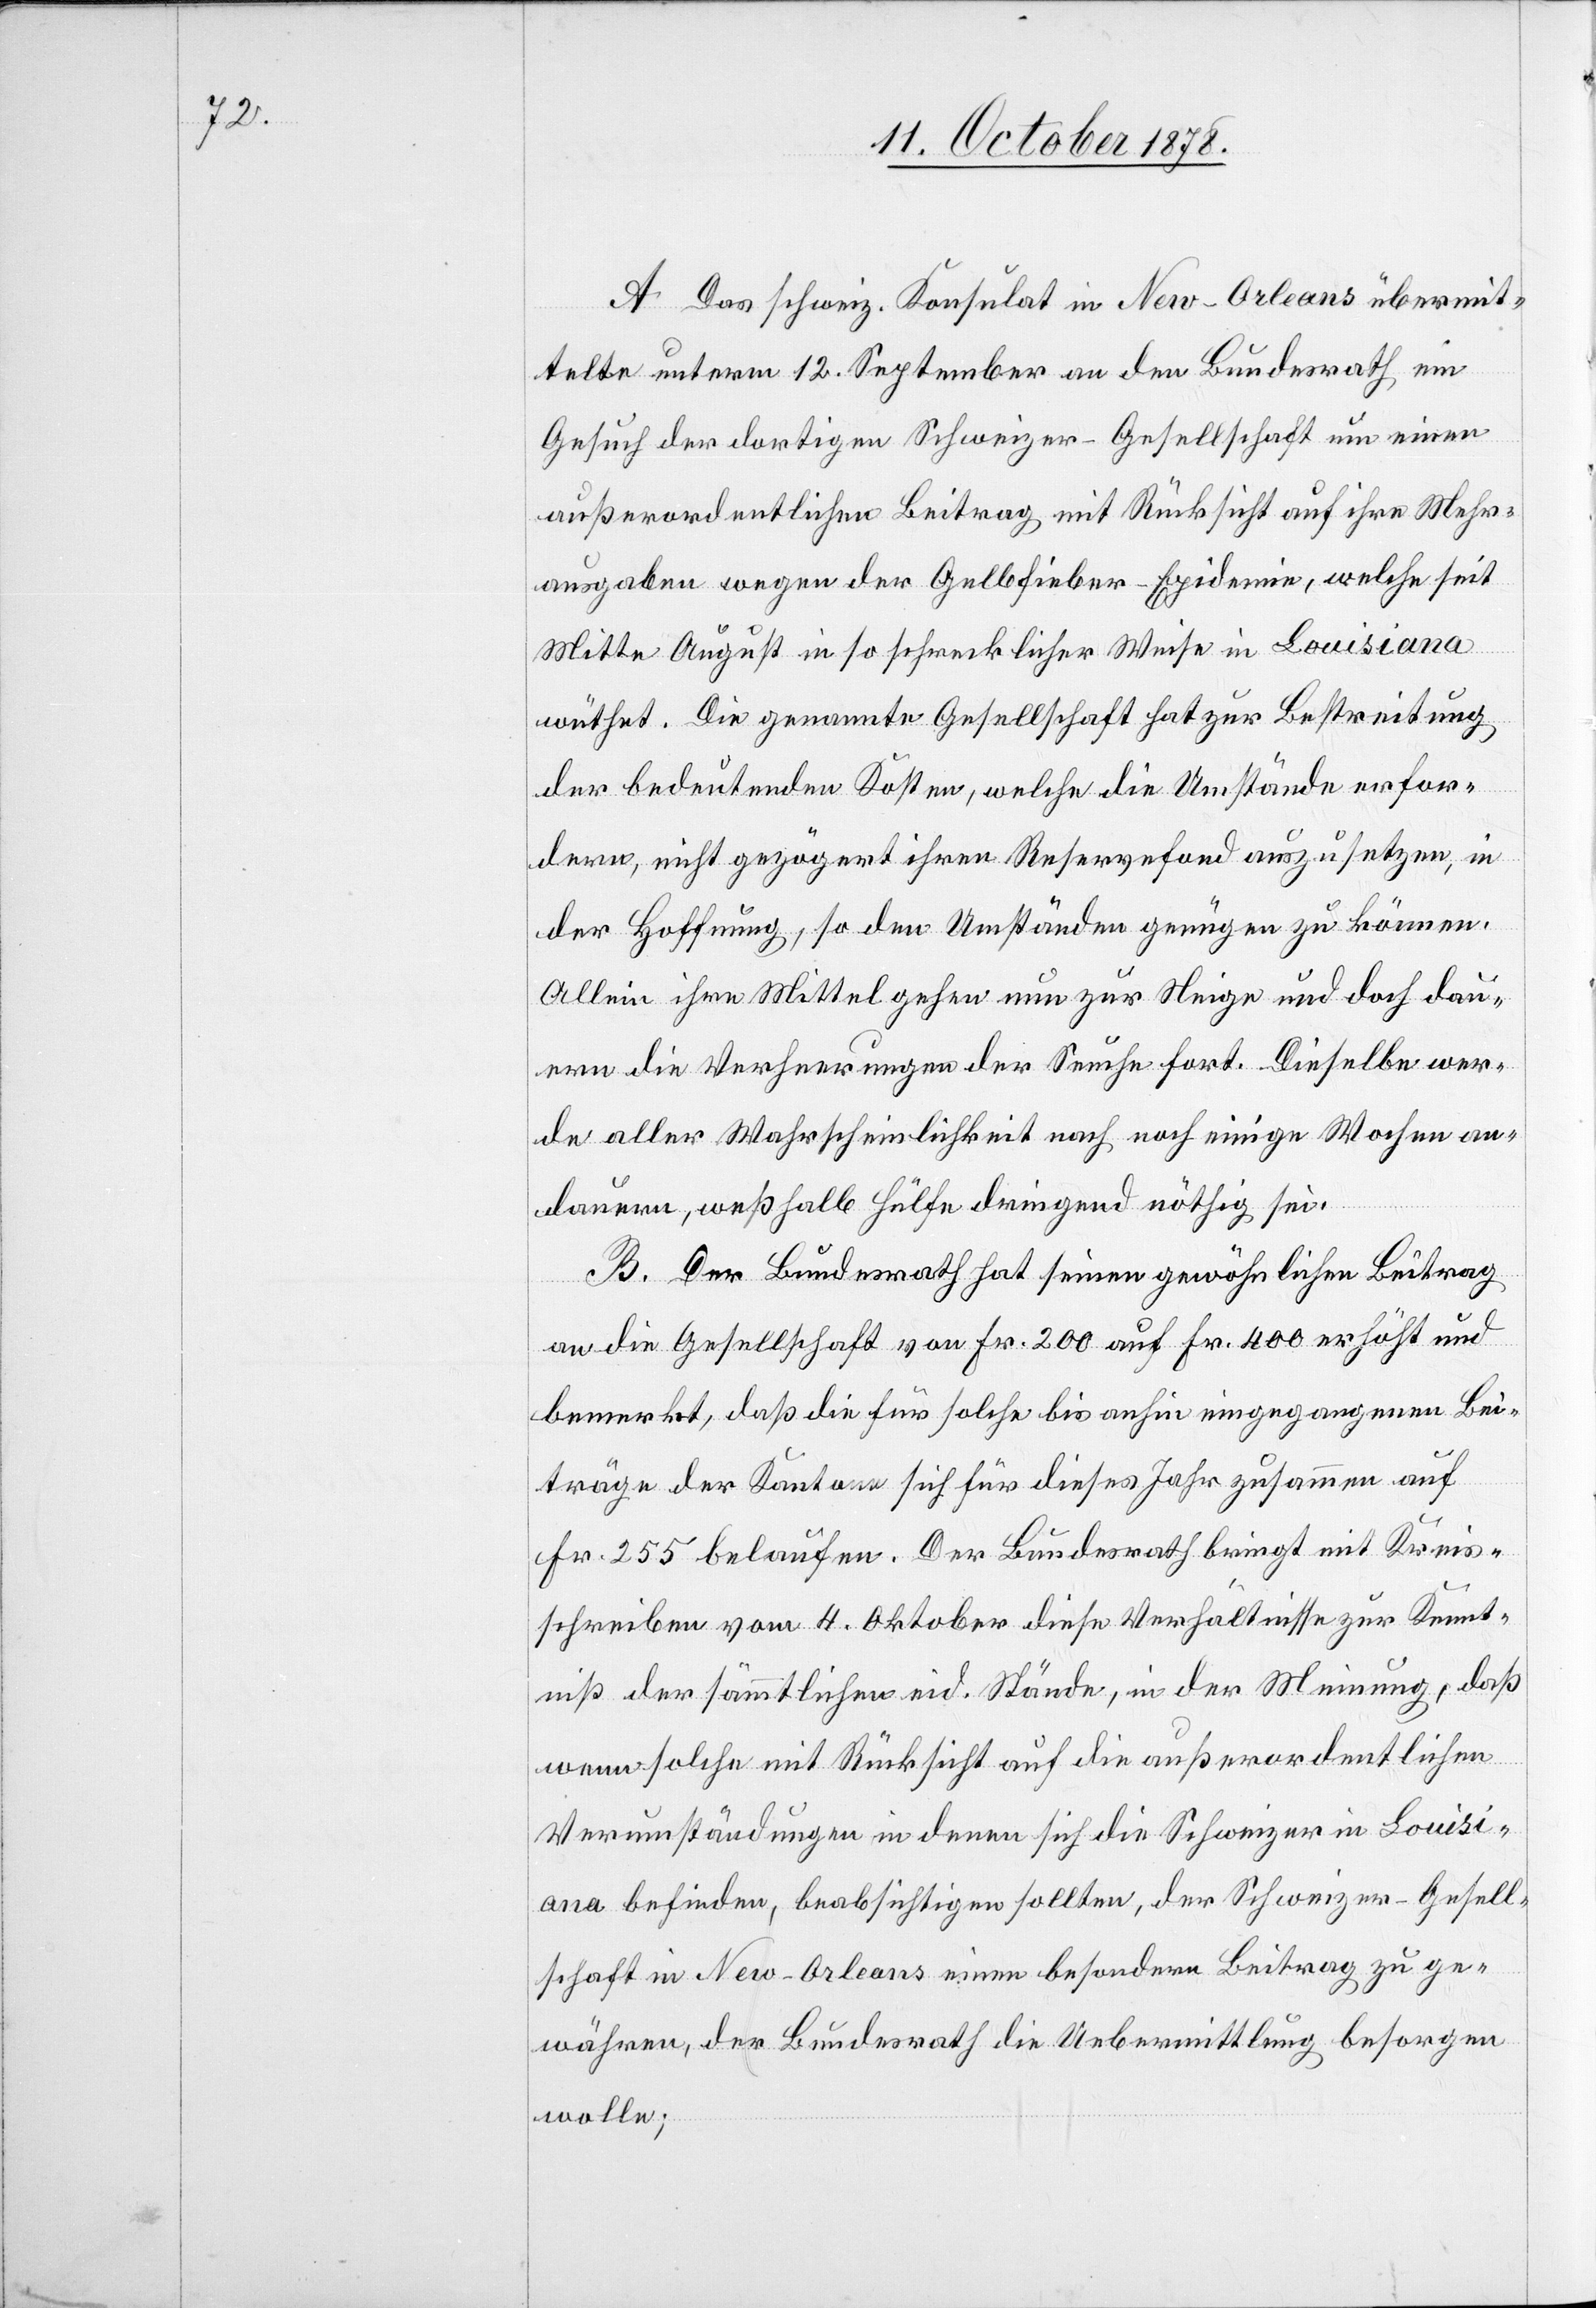
A. Das schweiz. Konsulat in New-Orleans übermit¬
telte unterm 12. September an den Bundesrath ein
Gesuch der dortigen Schweizer-Gesellschaft um einen
außerordentlichen Beitrag mit Rücksicht auf ihre Mehr¬
ausgaben wegen der Gelbfieber-Epidemie, welche seit
Mitte August in so schrecklicher Weise in Louisiana
wüthet. Die genannte Gesellschaft hat zur Bestreitung
der bedeutenden Kosten, welche die Umstände erfor¬
dern, nicht gezögert ihren Reservefond auszusetzen, in
der Hoffnung, so den Umständen genügen zu können.
Allein ihre Mittel gehen nun zur Neige und doch dau¬
ern die Verheerungen der Seuche fort. Dieselbe wer¬
de aller Wahrscheinlichkeit nach noch einige Wochen an¬
dauern, weßhalb Hülfe dringend nöthig sei.
B. Der Bundesrath hat seinen gewöhnlichen Beitrag
an die Gesellschaft von Fr. 200 auf Fr. 400 erhöht und
bemerkt, daß die für solche bis anhin eingegangenen Bei¬
träge der Kantone sich dieses Jahr zusammen auf
Fr. 255 belaufen. Der Bundesrath bringt mit Kreis¬
schreiben vom 4. Oktober diese Verhältnisse zur Kennt¬
niß der sämmtlichen eid. Stände, in der Meinung, daß
wenn solche mit Rücksicht auf die außerordentlichen
Verunständungen in denen sich die Schweizer in Louisi¬
ana befinden, beabsichtigen sollten, der Schweizer-Gesell¬
schaft in New-Orleans einen besondern Beitrag zu ge¬
währen, der Bundesrath die Uebermittlung besorgen
wolle;